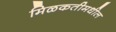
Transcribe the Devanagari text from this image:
मिळकतीमधील